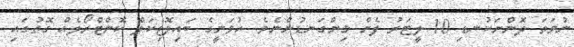
ނުވަތަ ދޮންނަކުނޑި 10 ލީޓަރު ފެން މިންގަނޑުންނެވެ. ހުވަނީގެ ބައިލޮޖިކަލް ކޮންޓްރޯލެއް ގޮތުގައި